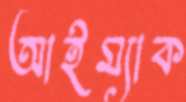
আইম্যাক